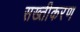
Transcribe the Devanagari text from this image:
सख्तीकरण